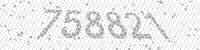
Solution: 758821